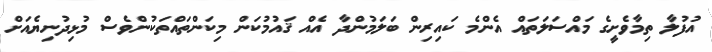
އުފުލާ ތިމާވެށީގެ މައްސަލަތައް އެންމެ ކައިރިން ބަލަމުންދާ އެއް ޤައުމުކަން މިކަންތައްތަކުންވެސް މުޅިދުނިޔެއަށް